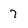
Character: 7